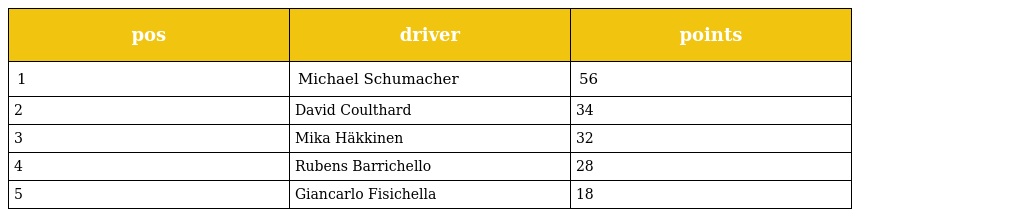
| pos | driver | points |
 | --- | --- | --- |
 | 1 | Michael Schumacher | 56 |
 | 2 | David Coulthard | 34 |
 | 3 | Mika Häkkinen | 32 |
 | 4 | Rubens Barrichello | 28 |
 | 5 | Giancarlo Fisichella | 18 |